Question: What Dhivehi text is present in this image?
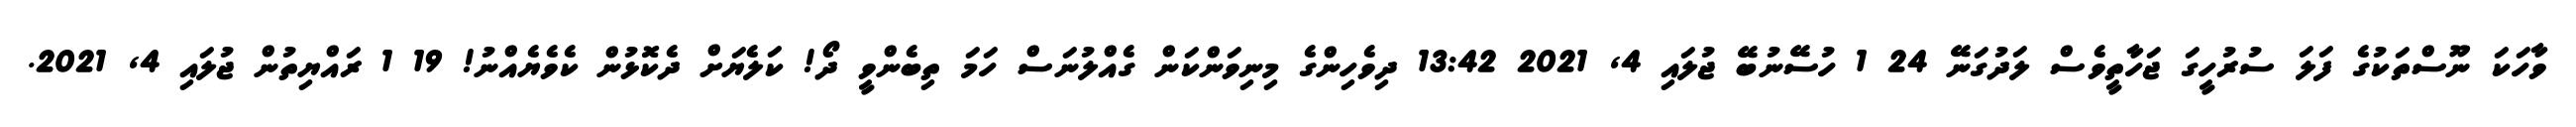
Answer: ވާހަކަ ނޫސްތަކުގެ ފަލަ ސުރުހީގަ ޖަހާތީވެސް ލަދުގަނޭ 24 1 ހުސޭނުބޭ ޖުލައި 4, 2021 13:42 ދިވެހިންގެ މިނިވަންކަން ގެއްލުނަސް ހަމަ ތިބެންވީ ދޯ! ކަލެޔަށް ދެކޮޅުން ކެވެޔެއްނު! 19 1 ރައްޔިތުން ޖުލައި 4, 2021.